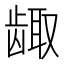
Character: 𱌶